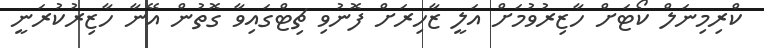
ކްރިމިނަލް ކޯޓަށް ހާޒިރުވުމަށް އަލީ ޒާހިރަށް ފޮނުވި ޗިޓްގައިވާ ގޮތުން އޭނާ ހާޒިރުކުރަނީ